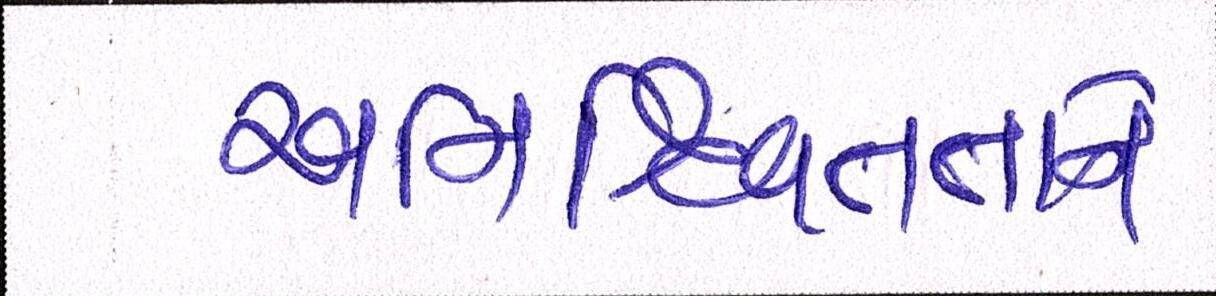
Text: અનિશ્ચિતતાને